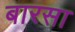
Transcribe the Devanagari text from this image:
बारसा